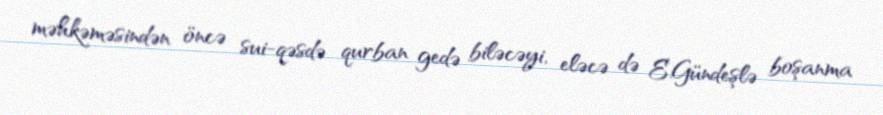
məhkəməsindən öncə sui-qəsdə qurban gedə biləcəyi, eləcə də E.Gündeşlə boşanma